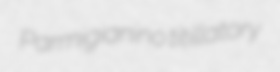
Parmigianino titillatory